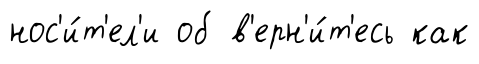
нос'и́т'ел'и об в'ерн'и́т'есь как